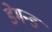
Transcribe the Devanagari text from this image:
डेमन्ड